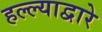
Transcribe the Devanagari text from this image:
हल्ल्याद्वारे